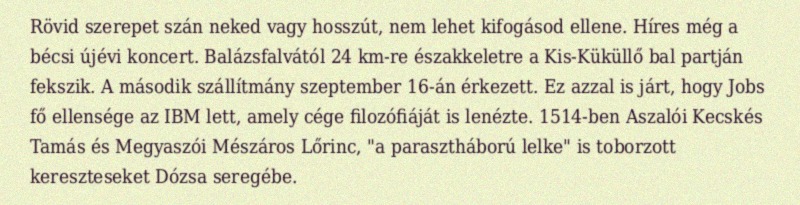
Rövid szerepet szán neked vagy hosszút, nem lehet kifogásod ellene. Híres még a bécsi újévi koncert. Balázsfalvától 24 km-re északkeletre a Kis-Küküllő bal partján fekszik. A második szállítmány szeptember 16-án érkezett. Ez azzal is járt, hogy Jobs fő ellensége az IBM lett, amely cége filozófiáját is lenézte. 1514-ben Aszalói Kecskés Tamás és Megyaszói Mészáros Lőrinc, "a parasztháború lelke" is toborzott kereszteseket Dózsa seregébe.